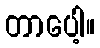
တာပေါ့။